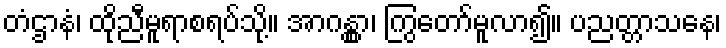
တံဌာနံ၊ ထိုညီမူရာစရပ်သို့။ အာဂန္တွာ၊ ကြွတော်မူလာ၍။ ပညတ္တာသနေ၊